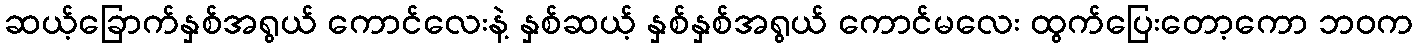
ဆယ့်ခြောက်နှစ်အရွယ် ကောင်လေးနဲ့ နှစ်ဆယ့် နှစ်နှစ်အရွယ် ကောင်မလေး ထွက်ပြေးတော့ကော ဘဝက